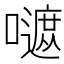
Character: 𡂭